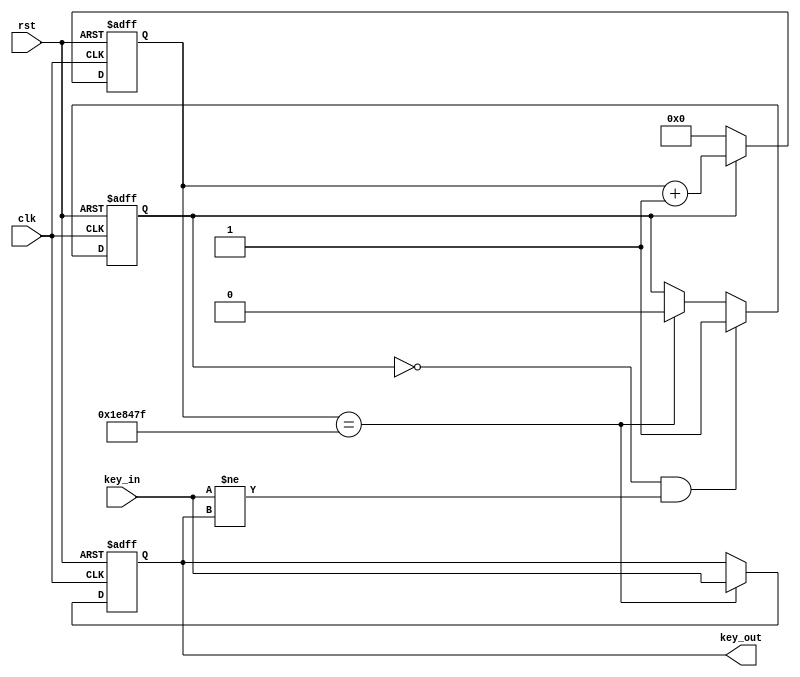
`timescale 1ns / 1ps
//////////////////////////////////////////////////////////////////////////////////
// Company: 
// Engineer: 
// 
// Design Name: 
// Module Name: debounce
// Project Name: 
// Target Devices: 
// Tool Versions: 
// Description: 
// 
// Dependencies: 
// 
// Revision:
// Revision 0.01 - File Created
// Additional Comments:
// 
//////////////////////////////////////////////////////////////////////////////////


module debounce(
    input clk, rst,
    input key_in,
    output reg key_out
    );
    reg pos_key;
    reg neg_key;
    reg cnt_start;
    reg [21:0] cnt;
    reg [1:0]state_key;
    reg [1:0] count; //to make the time period of 1 to be 1.5periods
    reg [1:0]count_start;
    
    //clk = 100M, 20ms = 2_000_000 periods
    parameter TIME_20MS = 2_000_000;
    
    always @( posedge clk)
        state_key = {state_key[0], key_out};
    
    
    
    //only when 20ms passed, will we assign keyin to keyout
    always @( posedge clk, negedge rst) begin
        if(~rst)begin
            key_out <= 0;
            state_key = 0;
        end else if(cnt == TIME_20MS -1)
            key_out <= key_in;
    end
    
    always @( posedge clk, negedge rst) begin
        if(~rst)
            cnt <= 22'b0;
        else if( cnt_start == 0)
            cnt <= 22'b0;
        else
            cnt <= cnt + 1;
    end
    
    always @( posedge clk, negedge rst) begin
        if(~rst)
            cnt_start <= 0;
        else if( cnt_start == 0 && key_in != key_out)
            cnt_start <= 1;
        else if(cnt == TIME_20MS -1)
            cnt_start <= 0;
    end
    
//    always @(posedge clk, negedge clk, posedge rst) begin
//        if(rst) begin
//            pos_key = 0;
//            neg_key = 0;
//        end else if(state_key == 2'b10)
            
//            neg_key = 1;
//        else if(state_key == 2'b01)
//            pos_key = 1;
//        else begin
//            pos_key = 0;
//            neg_key = 0;
//        end
//    end

    always @(posedge clk, negedge rst) begin
        if(~rst) begin
            pos_key = 0;
            neg_key = 0;
            count = 0;
            count_start = 0;
        end else if(state_key == 2'b10) begin
            count_start = 1;
        end else if(state_key == 2'b01) begin
             count_start = 1;
        end
//        end else begin
//            pos_key = 0;
//            neg_key = 0;
//        end
    end
    
    
//    always @(posedge clk, negedge clk) begin
//        if(count_start[0] == 1) begin
//            neg_key = 1;
//            count = count + 1;
//            if(count == 1'd3) begin
//                count = 0;
//                neg_key = 0;
//                count_start[0] = 0;
//            end
//        end else if(count_start[1] == 1) begin
//            count = count + 1;
//            if(count == 1'd3) begin
//                count = 0;
//                pos_key = 0;
//                count_start[1] = 0;
//        end
    
    
    
    
    
    
    
endmodule